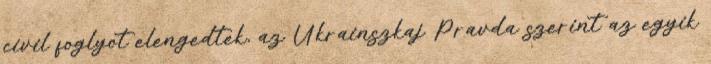
civil foglyot elengedtek, az Ukrainszkaj Pravda szerint az egyik